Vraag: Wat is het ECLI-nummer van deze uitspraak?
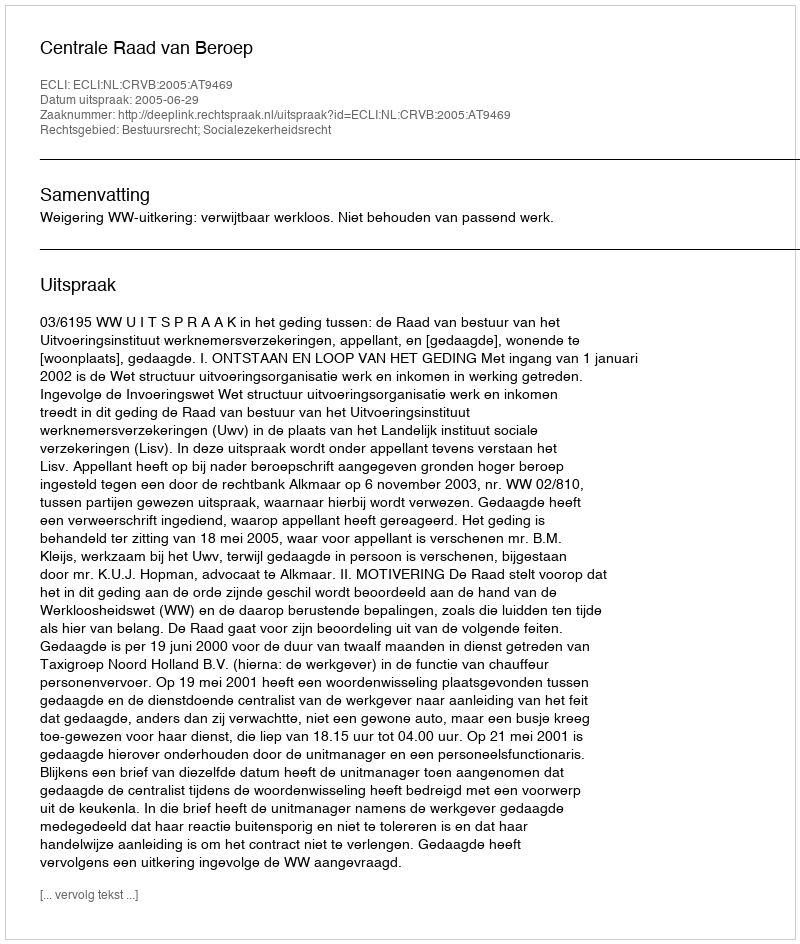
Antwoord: ECLI:NL:CRVB:2005:AT9469